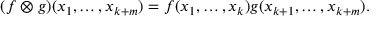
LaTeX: ( f \otimes g ) ( x _ { 1 } , \dots , x _ { k + m } ) = f ( x _ { 1 } , \dots , x _ { k } ) g ( x _ { k + 1 } , \dots , x _ { k + m } ) .